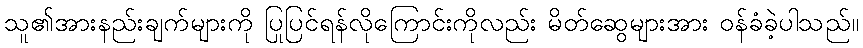
သူ၏အားနည်းချက်များကို ပြုပြင်ရန်လိုကြောင်းကိုလည်း မိတ်ဆွေများအား ဝန်ခံခဲ့ပါသည်။